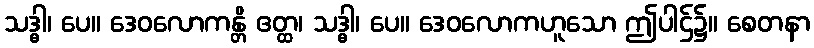
သဒ္ဓါ၊ ပေ။ ဒေဝလောကန္တိ ဧတ္ထ၊ သဒ္ဓါ၊ ပေ။ ဒေဝလောကဟူသော ဤပါဌ်၌။ စေတနာ